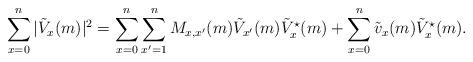
LaTeX: \begin{align*} \sum_{x=0}^n |\tilde V_x(m)|^2= \sum_{x=0}^n \sum_{x'=1}^nM_{x,x'}(m) \tilde V_{x'}(m) \tilde V^{\star}_{x}(m)+ \sum_{x=0}^n\tilde v_x(m) \tilde V^{\star}_{x}(m). \end{align*}